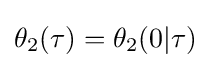
\theta _{2}(\tau )=\theta _{2}(0|\tau )